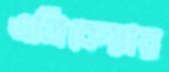
এগ্রিকেয়ার